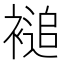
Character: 𮖦